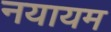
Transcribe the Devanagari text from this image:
नयायम